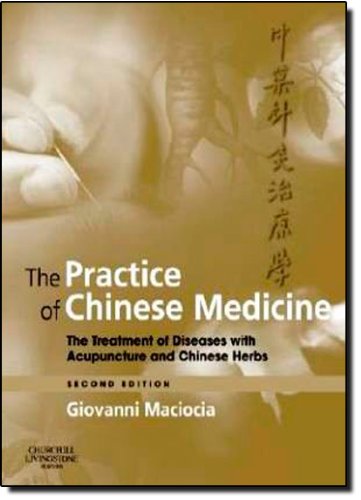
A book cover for The Practice of Chinese Medicine: The Treatment of Diseases with Acupuncture and Chinese Herbs, 2e; Giovanni Maciocia CAc(Nanjing); Health, Fitness & Dieting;